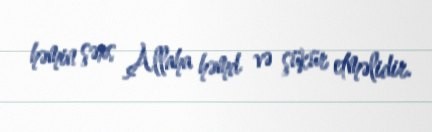
həmin şəxs Allaha həmd və şükür etməlidir.